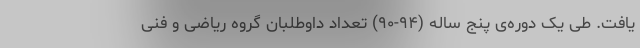
یافت. طی یک دوره‌ی پنج ساله (۹۴-۹۰) تعداد داوطلبان گروه ریاضی و فنی